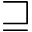
\sqsupseteq